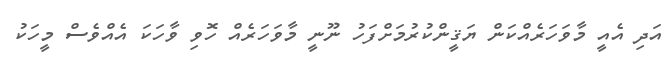
އަދި އެއީ މާވަހަރެއްކަން ޔަޤީންކުރުމަށްފަހު ނޫނީ މާވަހަރެއް ހޮވި ވާހަކަ އެއްވެސް މީހަކު